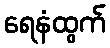
ရေနံထွက်